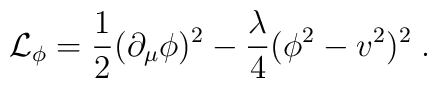
{\cal{L}}_{\phi}= \frac {1} {2} ( \partial_{\mu} \phi)^2 - \frac {\lambda} {4}(\phi^2 - v^2)^2 \; .